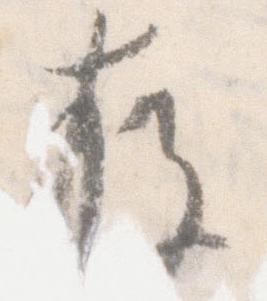
存